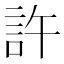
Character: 許